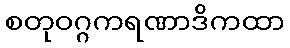
စတုဝဂ္ဂကရဏာဒိကထာ